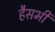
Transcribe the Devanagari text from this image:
हैसभी